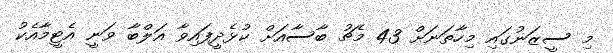
މި ސީޒަނުގައި މިހާތަނަށް 43 މެޗު ބާސާއަށް ކުޅެދީފައިވާ އަލްބާ ވަނީ އެޓީމާއެކު